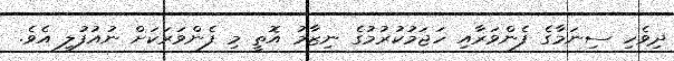
ދިވެހި ސިނަމާގެ ފެންވަރާއި ހަޖަމުކުރުމުގެ ނިޒާމު އޮތީ މި ފެންވަރަކަށް ނުއުފުލި އެވެ.